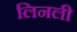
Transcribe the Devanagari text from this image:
लिनली